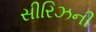
સીરિઝની